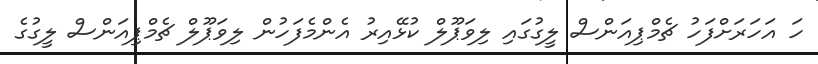
ހަ އަހަރަށްފަހު ޗެމްޕިއަންސް ލީގުގައި ލިވަޕޫލް ކުޅޭއިރު އެންމެފަހުން ލިވަޕޫލް ޗެމްޕިއަންސް ލީގުގެ